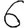
Digit: 6